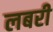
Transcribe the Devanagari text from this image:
लबरी